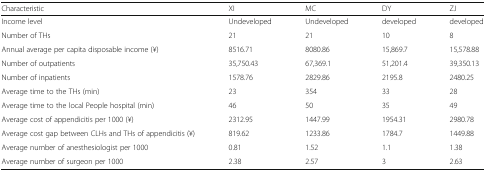
<table><thead><tr><td><b>Characteristic</b></td><td><b>XI</b></td><td><b>MC</b></td><td><b>DY</b></td><td><b>ZJ</b></td></tr></thead><tbody><tr><td>Income level</td><td>Undeveloped</td><td>Undeveloped</td><td>developed</td><td>developed</td></tr><tr><td>Number of THs</td><td>21</td><td>21</td><td>10</td><td>8</td></tr><tr><td>Annual average per capita disposable income (¥)</td><td>8516.71</td><td>8080.86</td><td>15,869.7</td><td>15,578.88</td></tr><tr><td>Number of outpatients</td><td>35,750.43</td><td>67,369.1</td><td>51,201.4</td><td>39,350.13</td></tr><tr><td>Number of inpatients</td><td>1578.76</td><td>2829.86</td><td>2195.8</td><td>2480.25</td></tr><tr><td>Average time to the THs (min)</td><td>23</td><td>354</td><td>33</td><td>28</td></tr><tr><td>Average time to the local People hospital (min)</td><td>46</td><td>50</td><td>35</td><td>49</td></tr><tr><td>Average cost of appendicitis per 1000 (¥)</td><td>2312.95</td><td>1447.99</td><td>1954.31</td><td>2980.78</td></tr><tr><td>Average cost gap between CLHs and THs of appendicitis (¥)</td><td>819.62</td><td>1233.86</td><td>1784.7</td><td>1449.88</td></tr><tr><td>Average number of anesthesiologist per 1000</td><td>0.81</td><td>1.52</td><td>1.1</td><td>1.38</td></tr><tr><td>Average number of surgeon per 1000</td><td>2.38</td><td>2.57</td><td>3</td><td>2.63</td></tr></tbody></table>